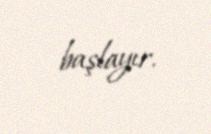
başlayır.